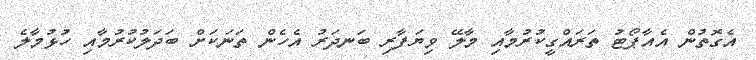
އެގޮތުން އެއާޕޯޓު ތަރައްގީކުރުމާއި މާލޭ ވިޔަފާރި ބަނދަރު އެހެން ތަނަކަށް ބަދަލުކުރުމާއި ހުޅުމާލެ